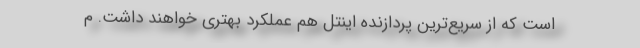
است که از سریع‌ترین پردازنده اینتل هم عملکرد بهتری خواهند داشت. م